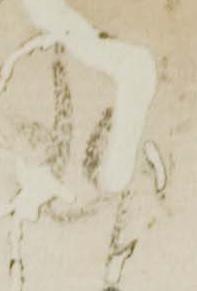
謹